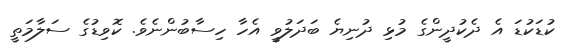
ކުޑަކުޑަ އެ ދެކުދީންގެ މުޅި ދުނިޔެ ބަދަލުވީ އެހާ ހިސާބުންނެވެ. ކޮވިޑުގެ ސަލާމަތީ